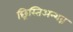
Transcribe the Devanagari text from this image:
छ्रिस्तिअन्शव्न